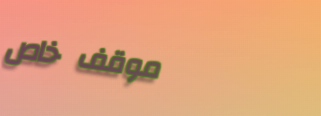
موقف خاص